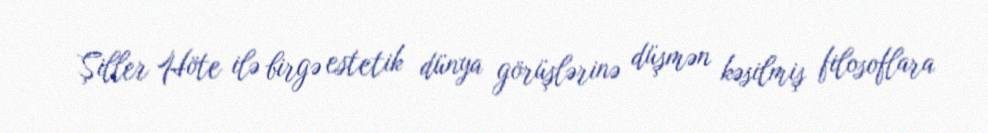
Şiller Höte ilə birgə estetik dünya görüşlərinə düşmən kəsilmiş filosoflara